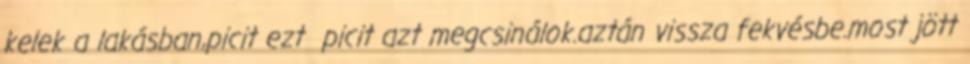
kelek a lakásban,picit ezt picit azt megcsinálok.aztán vissza fekvésbe.most jött